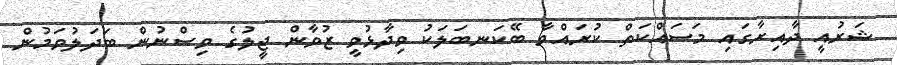
ޝަރުއީ ދާއިރާގައި މަސައްކަތް ކުރައްވާ ބޭކަނބަލަކު ވިދާޅުވީ ޒުވާން ޖީލުގެ ވިސްނުން ބަދަލުވަމުން